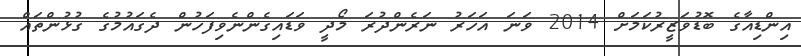
އިންޑިއާގެ ބޮޑުވަޒީރުކަމަށް 2014 ވަނަ އަހަރު ނަރެންދުރަ މޯދީ ވަޑައިގެންނެވިފަހުން ދެގައުމުގެ ގުޅުންތައް